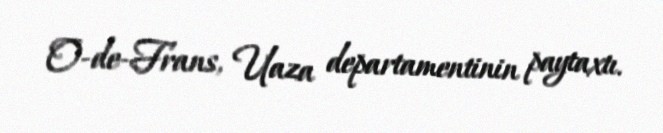
O-de-Frans, Uaza departamentinin paytaxtı.